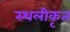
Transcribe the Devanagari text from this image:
स्थलीकृत